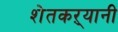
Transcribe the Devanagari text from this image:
शेतकऱ्यानी